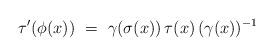
LaTeX: \begin{align*}\tau' ( \phi (x))\ =\ \gamma ( \sigma (x))\, \tau (x)\, (\gamma (x) )^{-1}\end{align*}